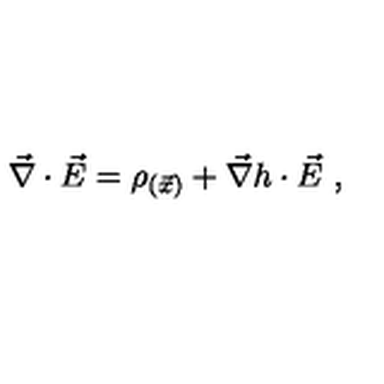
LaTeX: \vec { \nabla } \cdot \vec { E } = \rho _ { ( \vec { x } ) } + \vec { \nabla } h \cdot \vec { E } \ ,